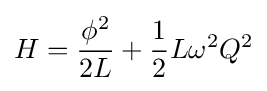
H={\frac {\phi ^{2}}{2L}}+{\frac {1}{2}}L\omega ^{2}Q^{2}